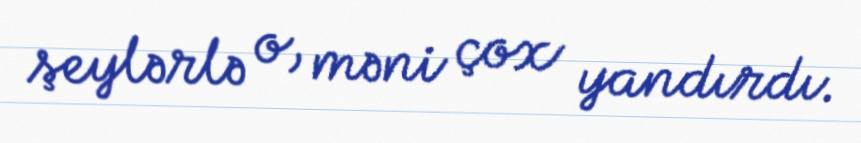
şeylərlə o, məni çox yandırdı.